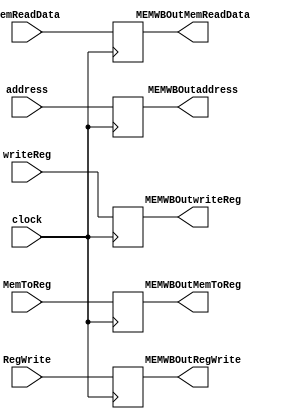
module MEMWBReg(
input clock ,

input MemToReg,RegWrite,input[31:0] MemReadData , address,input[4:0] writeReg,

output reg MEMWBOutMemToReg,MEMWBOutRegWrite , output reg [31:0]  MEMWBOutMemReadData , MEMWBOutaddress , output reg[4:0] MEMWBOutwriteReg
);

always @ ( posedge clock ) begin
MEMWBOutMemToReg = MemToReg;
MEMWBOutRegWrite = RegWrite;
MEMWBOutMemReadData = MemReadData;
MEMWBOutaddress = address;
MEMWBOutwriteReg =writeReg;
end
endmodule